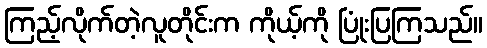
ကြည့်လိုက်တဲ့လူတိုင်းက ကိုယ့်ကို ပြုံးပြကြသည်။